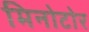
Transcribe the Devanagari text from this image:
मिनोटोर